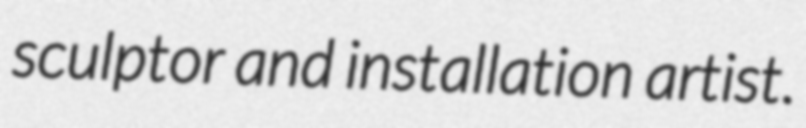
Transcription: sculptor and installation artist.